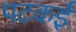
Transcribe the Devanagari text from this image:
पटकई